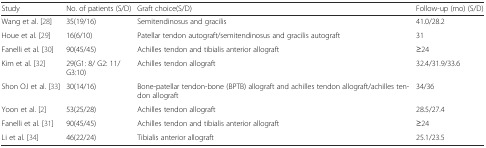
<table><thead><tr><td><b>Study</b></td><td><b>No. of patients (S/D)</b></td><td><b>Graft choice(S/D)</b></td><td><b>Follow-up (mo) (S/D)</b></td></tr></thead><tbody><tr><td>Wang et al. [28]</td><td>35(19/16)</td><td>Semitendinosus and gracilis</td><td>41.0/28.2</td></tr><tr><td>Houe et al. [29]</td><td>16(6/10)</td><td>Patellar tendon autograft/semitendinosus and gracilis autograft</td><td>31</td></tr><tr><td>Fanelli et al. [30]</td><td>90(45/45)</td><td>Achilles tendon and tibialis anterior allograft</td><td>≥24</td></tr><tr><td>Kim et al. [32]</td><td>29(G1: 8/ G2: 11/G3:10)</td><td>Achilles tendon allograft</td><td>32.4/31.9/33.6</td></tr><tr><td>Shon OJ et al. [33]</td><td>30(14/16)</td><td>Bone-patellar tendon-bone (BPTB) allograft and achilles tendon allograft/achilles tendon allograft</td><td>34/36</td></tr><tr><td>Yoon et al. [2]</td><td>53(25/28)</td><td>Achilles tendon allograft</td><td>28.5/27.4</td></tr><tr><td>Fanelli et al. [31]</td><td>90(45/45)</td><td>Achilles tendon and tibialis anterior allograft</td><td>≥24</td></tr><tr><td>Li et al. [34]</td><td>46(22/24)</td><td>Tibialis anterior allograft</td><td>25.1/23.5</td></tr></tbody></table>